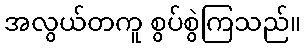
အလွယ်တကူ စွပ်စွဲကြသည်။